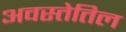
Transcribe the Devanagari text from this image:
अवस्तेतिल